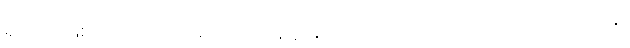
ရှိသည်ဖြစ်၍သာလျှင် ဖြစ်သော။ နိဗ္ဗာနံ၊ သည်။ သဿတာဒိသဘာဝဝသေန၊